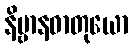
နိဗ္ဗာနဓာတုယော